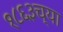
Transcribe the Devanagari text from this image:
१८६३च्या